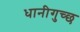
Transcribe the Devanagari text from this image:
धानीगुच्छ